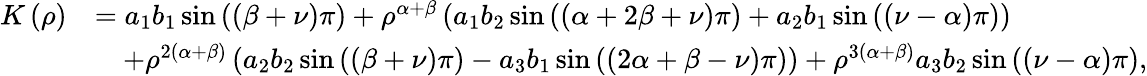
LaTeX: \begin{array}{rl}{K\left(\rho\right)}&{=a_{1}b_{1}\sin\left(\left(\beta+\nu\right)\pi\right)+\rho^{\alpha+\beta}\left(a_{1}b_{2}\sin\left(\left(\alpha+2\beta+\nu\right)\pi\right)+a_{2}b_{1}\sin\left(\left(\nu-\alpha\right)\pi\right)\right)}\\ &{\quad+\rho^{2\left(\alpha+\beta\right)}\left(a_{2}b_{2}\sin\left(\left(\beta+\nu\right)\pi\right)-a_{3}b_{1}\sin\left(\left(2\alpha+\beta-\nu\right)\pi\right)\right)+\rho^{3\left(\alpha+\beta\right)}a_{3}b_{2}\sin\left(\left(\nu-\alpha\right)\pi\right),}\end{array}